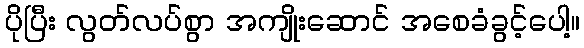
ပိုပြီး လွတ်လပ်စွာ အကျိုးဆောင် အစေခံခွင့်ပေါ့။